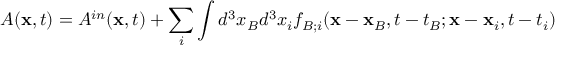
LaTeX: A ( { \bf x } , t ) = A ^ { i n } ( { \bf x } , t ) + \sum _ { i } \int d ^ { 3 } x _ { B } d ^ { 3 } x _ { i } f _ { B ; i } ( { \bf x } - { \bf x } _ { B } , t - t _ { B } ; { \bf x } - { \bf x } _ { i } , t - t _ { i } ) \nonumber \,